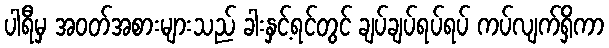
ပါရီမှ အဝတ်အစားများသည် ခါးနှင့်ရင်တွင် ချပ်ချပ်ရပ်ရပ် ကပ်လျက်ရှိကာ